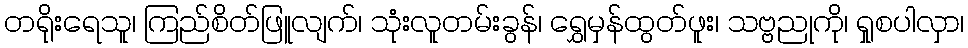
တရိုးရေသူ၊ ကြည်စိတ်ဖြူလျက်၊ သုံးလူတမ်းခွန်၊ ရွှေမှန်ထွတ်ဖူး၊ သဗ္ဗညုကို၊ ရှုစပါလှာ၊